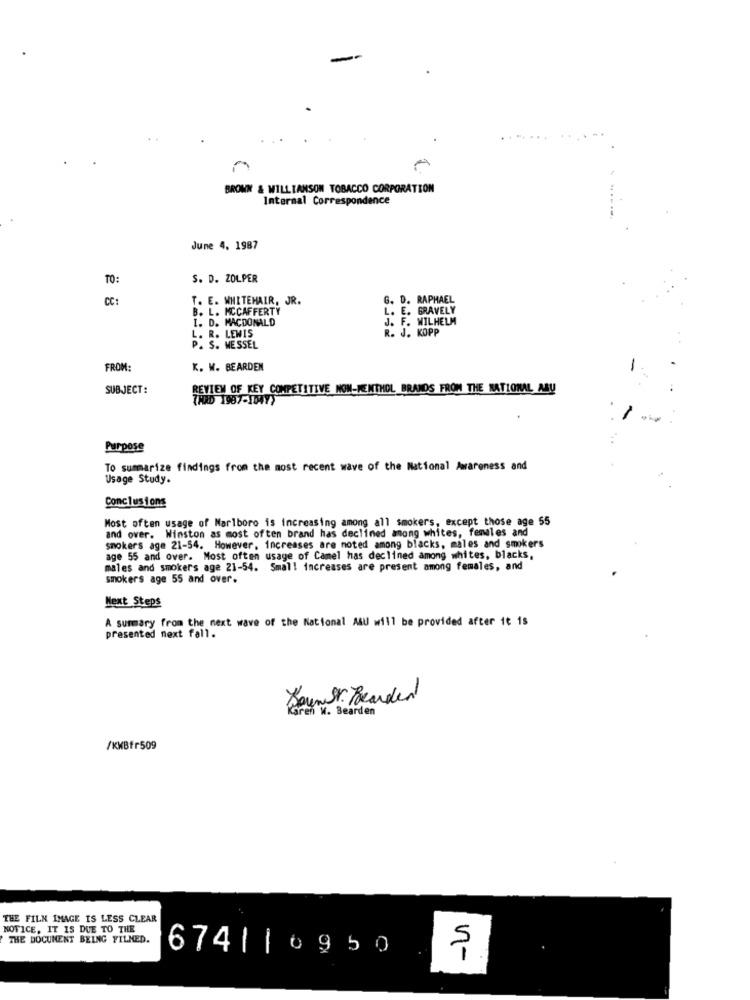
BROWN & WILLIAMSON TOBACCO CORPORATION
Internal Correspondence
June 4, 1987
TO:
S. D. ZOLPER
CC:
T. E. WHITEHAIR, JR.
G. D. RAPHAEL
B. L. MCCAFFERTY
L. E. GRAVELY
I. D. MACDONALD
J. F. WILHELM
L. R. LEWIS
R. J. KOPP
P. S. MESSEL
FROM:
K. W. BEARDEN
SUBJECT:
REVIEW OF KEY COMPETITIVE NON-MENTHOL BRANDS FROM THE NATIONAL ABU
THRD 1987-1047>
Purpose
To summarize findings from the most recent wave of the National Awareness and
Usage Study.
Conclusions
Most often usage of Marlboro is increasing among all smokers, except those age 55
and over. Winston as most often brand has declined among whites, females and
smokers age 21-54. However, increases are noted among blacks, males and smokers
age 55 and over. Most often usage of Camel has declined among whites, blacks,
males and smokers age 21-54. Small increases are present among females, and
smokers age 55 and over.
Next Steps
A summary from the next wave of the National A&U will be provided after it is
presented next fall.
Baum Bearded
ren M . Bearden
/KWBfr509
THE FILM IMAGE IS LESS CLEAR
NOTICE, IT IS DUE TO THE
THE DOCUMENT BEING FILMED.
674| |0950
n-